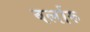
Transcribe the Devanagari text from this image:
वर्लारु